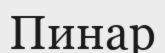
Пинар